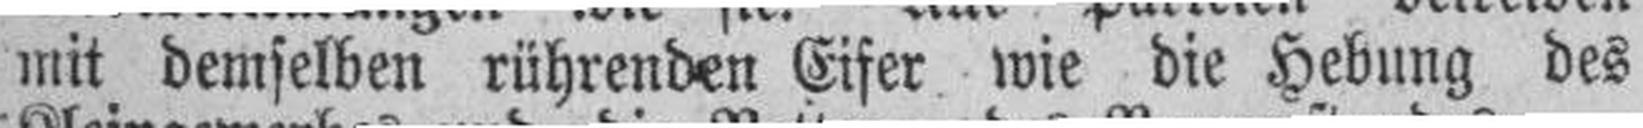
mit demselben rührenden Eifer wie die Hebung des